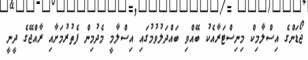
ޖޯޑަންގެ އިސްލާމިކް މިނިސްޓަރާއެކު ބޭއްވި ބައްދަލުވުމުގައި އިސްލާމީ މެދުމިން ފެތުރުމަށާއި ރާއްޖޭގެ ދީނީ